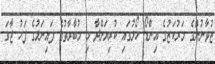
ޒުވާނުންގެ މަރުކަޒުގެ އިންޑޯ ހޯލުގައި ކުރިޔަށްދާ މި މުބާރާތުގެ ފައިނަލުގެ ފަހު ޖާގަ